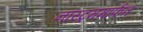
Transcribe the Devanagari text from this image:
नॉस्ट्रममार्फत